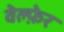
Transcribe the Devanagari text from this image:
वेल्फ़ेर